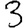
Digit: 3